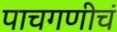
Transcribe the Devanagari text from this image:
पाचगणीचं